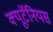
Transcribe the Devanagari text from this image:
क्यूटॅनियस